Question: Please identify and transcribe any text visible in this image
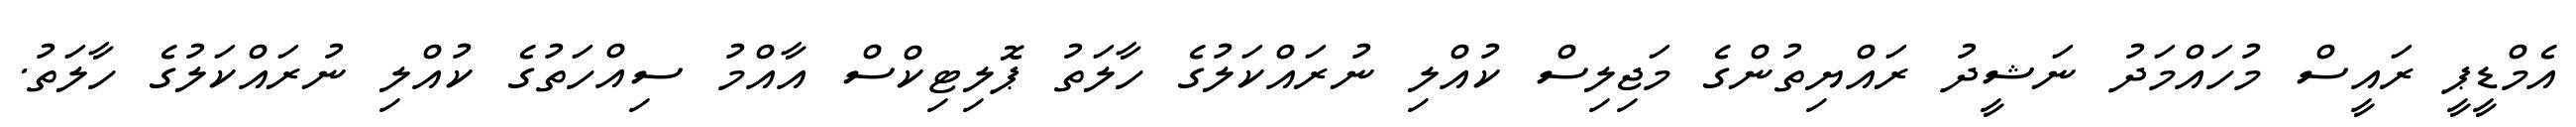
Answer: އެމްޑީޕީ ރައީސް މުހައްމަދު ނަޝީދު ރައްޔިތުންގެ މަޖިލިސް ކުއްލި ނުރައްކަލުގެ ހާލަތު ޕޮލިޓިކްސް އާއްމު ސިއްހަތުގެ ކުއްލި ނުރައްކަލުގެ ހާލަތު.